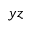
y z